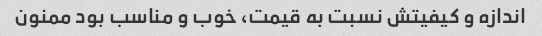
اندازه و کیفیتش نسبت به قیمت، خوب و مناسب بود ممنون